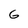
Character: G